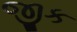
જીક